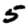
Digit: 5